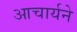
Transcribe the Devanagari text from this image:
आचार्यने